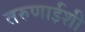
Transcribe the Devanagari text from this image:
तरुणाईशी